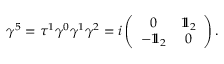
\gamma ^ { 5 } = \tau ^ { 1 } \gamma ^ { 0 } \gamma ^ { 1 } \gamma ^ { 2 } = i \left( \begin{array} { c c } { { 0 } } & { { 1 \! \! 1 _ { 2 } } } \\ { { - 1 \! \! 1 _ { 2 } } } & { { 0 } } \end{array} \right) .